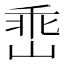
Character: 𡹁